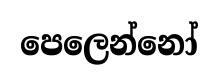
පෙලෙන්නෝ